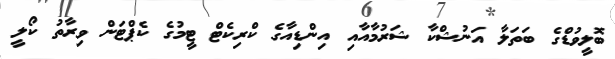
ބޮލީވުޑްގެ ބަތަލާ އަނުޝްކާ ޝަރުމާއާއި އިންޑިއާގެ ކްރިކެޓް ޓީމުގެ ކެޕްޓަން ވިރާތު ކޯލީ